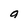
Character: a